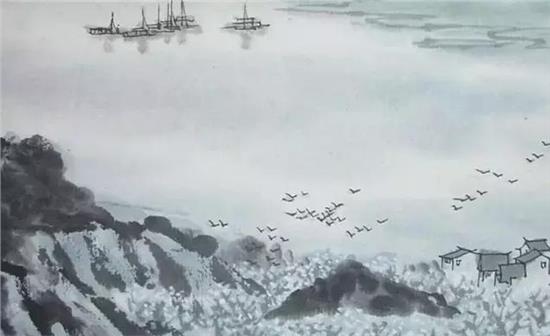
试浇桥下水，今夕到湘中。